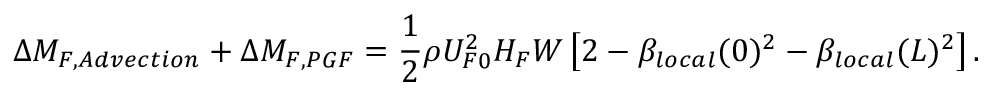
\Delta M _ { F , A d v e c t i o n } + \Delta M _ { F , P G F } = \frac { 1 } { 2 } \rho U _ { F 0 } ^ { 2 } H _ { F } W \left[ 2 - \beta _ { l o c a l } ( 0 ) ^ { 2 } - \beta _ { l o c a l } ( L ) ^ { 2 } \right] .